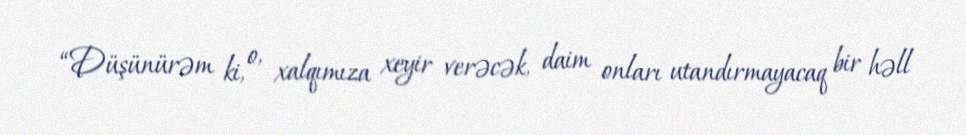
“Düşünürəm ki, o, xalqımıza xeyir verəcək, daim onları utandırmayacaq bir həll